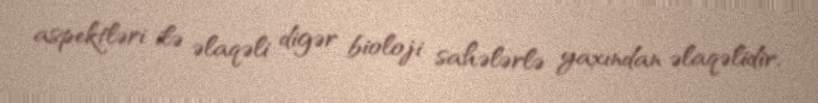
aspektləri ilə əlaqəli digər bioloji sahələrlə yaxından əlaqəlidir.